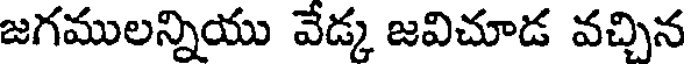
జగములన్నియు వేడ్క జవిచూడ వచ్చిన